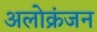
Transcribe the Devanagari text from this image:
अलोक्रंजन